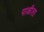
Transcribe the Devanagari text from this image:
पाळीला